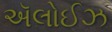
ઍલોઈઝ